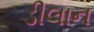
ડીલાન